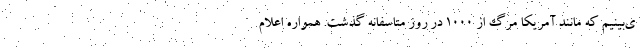
ی‌بینیم که مانند آمریکا مرگ از 1000 در روز متاسفانه گذشت. همواره اعلام